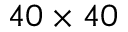
4 0 \times 4 0